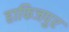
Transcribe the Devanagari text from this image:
हाफिजपुर